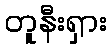
တူနီးရှား